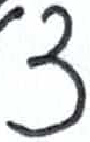
אות: צ